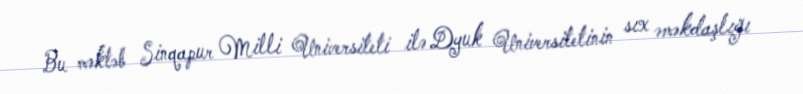
Bu məktəb Sinqapur Milli Universiteti ilə Dyuk Universitetinin sıx əməkdaşlığı